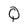
Character: Q